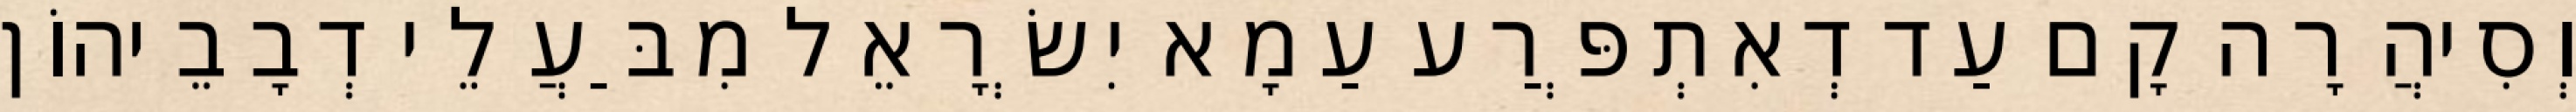
וְסִיהֲרָה קָם עַד דְאִתְפְּרַע עַמָא יִשְׂרָאֵל מִבַּעֲלֵי דְבָבֵיהוֹן